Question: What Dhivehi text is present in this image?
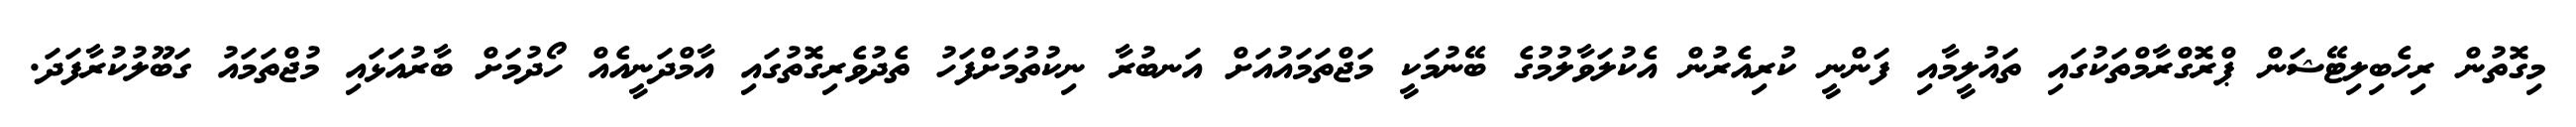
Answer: މިގޮތުން ރިހެބިލިޓޭޝަން ޕްރޮގްރާމްތަކުގައި ތައުލީމާއި ފަންނީ ކުރިއެރުން އެކުލަވާލުމުގެ ބޭނުމަކީ މަޖްތަމައުއަށް އަނބުރާ ނިކުތުމަށްފަހު ތެދުވެރިގޮތުގައި އާމްދަނީއެއް ހޯދުމަށް ބާރުއަޅައި މުޖްތަމައު ގަބޫލުކުރާފަދަ.